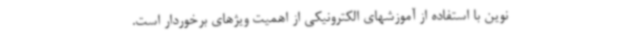
نوین با استفاده از آموزشهای الکترونیکی از اهمیت ویژهای برخوردار است.